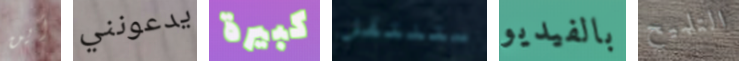
أين يدعونني كبيرة ستنتقل بالفيديو التلميح